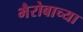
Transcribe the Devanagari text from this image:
भैरोबाच्या